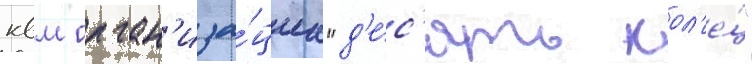
квм орган'иза́циа "д'е́с'ять кол'е́ц"